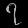
Digit: ၇